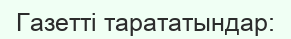
Газетті тарататындар: